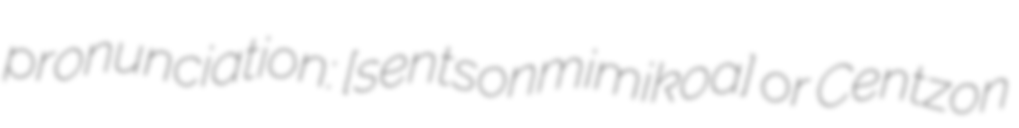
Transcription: pronunciation: [sentsonmiːmiʃˈkoːaʔ] or Centzon